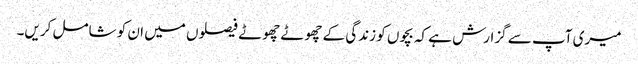
میری آپ سے گزارش ہے کہ بچوں کو زندگی کے چھوٹے چھوٹے فیصلوں میں ان کو شامل کریں۔